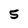
Character: 5